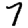
Digit: 7